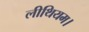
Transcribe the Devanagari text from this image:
लीथियम।